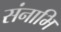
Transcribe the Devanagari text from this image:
संनाभि